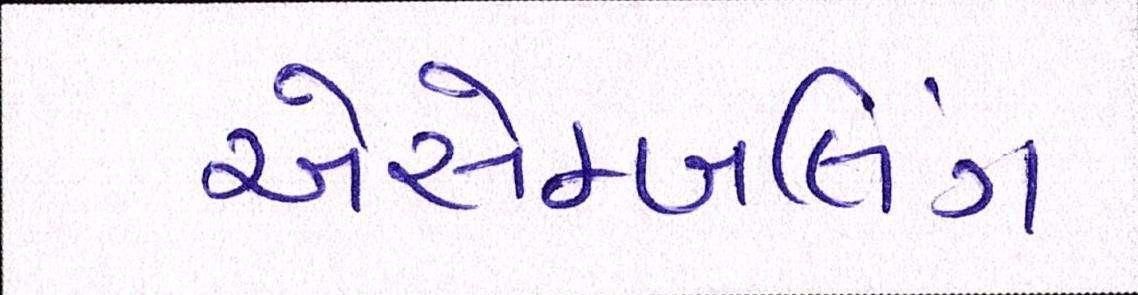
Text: એસેમ્બલિંગ